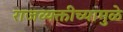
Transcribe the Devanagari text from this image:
राजव्यक्तीच्यामुळे